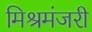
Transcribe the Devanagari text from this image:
मिश्रमंजरी